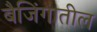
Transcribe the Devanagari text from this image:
बैजिंगातील